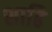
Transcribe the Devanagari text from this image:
शाढि